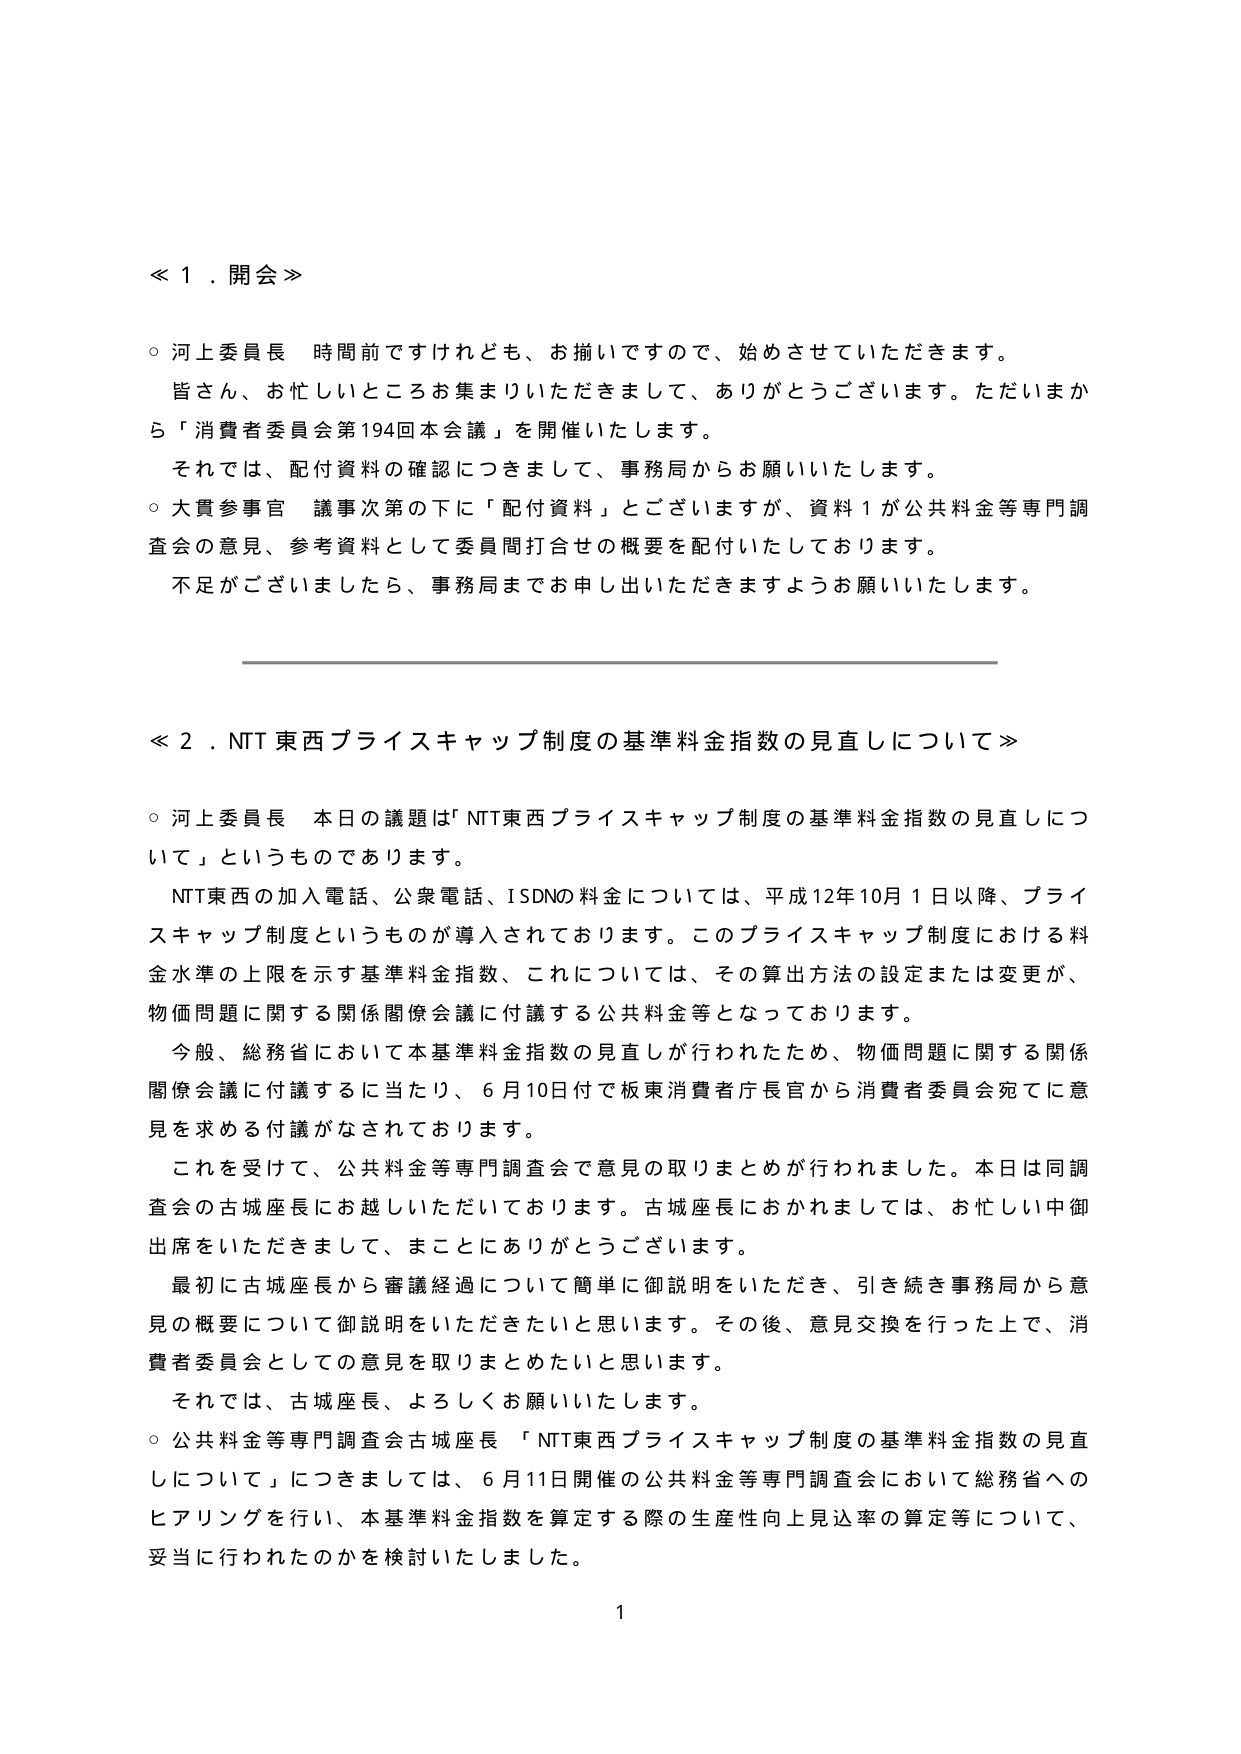
≪１．開会≫

○ 河上委員長 時間前ですけれども、お揃いですので、始めさせていただきます。
　皆さん、お忙しいところお集まりいただきまして、ありがとうございます。ただいまから「消費者委員会第194回本会議」を開催いたします。
　それでは、配付資料の確認につきまして、事務局からお願いいたします。
○ 大貫参事官 議事次第の下に「配付資料」とございますが、資料１が公共料金等専門調査会の意見、参考資料として委員間打合せの概要を配付いたしております。
　不足がございましたら、事務局までお申し出いただきますようお願いいたします。

≪２．NTT東西プライスキャップ制度の基準料金指数の見直しについて≫

○ 河上委員長 本日の議題は「NTT東西プライスキャップ制度の基準料金指数の見直しについて」というものであります。
　NTT東西の加入電話、公衆電話、ISDNの料金については、平成12年10月1日以降、プライスキャップ制度というものが導入されております。このプライスキャップ制度における料金水準の上限を示す基準料金指数、これについては、その算出方法の設定または変更が、物価問題に関する関係閣僚会議に付議する公共料金等となっております。
　今般、総務省において本基準料金指数の見直しが行われたため、物価問題に関する関係閣僚会議に付議するに当たり、6月10日付で板東消費者庁長官から消費者委員会宛てに意見を求める付議がなされております。
　これを受けて、公共料金等専門調査会で意見の取りまとめが行われました。本日は同調査会の古城座長にお越しいただいております。古城座長におかれましては、お忙しい中御出席をいただきまして、まことにありがとうございます。
　最初に古城座長から審議経過について簡単に御説明をいただき、引き続き事務局から意見の概要について御説明をいただきたいと思います。その後、意見交換を行った上で、消費者委員会としての意見を取りまとめたいと思います。
　それでは、古城座長、よろしくお願いいたします。
○ 公共料金等専門調査会古城座長 「NTT東西プライスキャップ制度の基準料金指数の見直しについて」につきましては、6月11日開催の公共料金等専門調査会において総務省へのヒアリングを行い、本基準料金指数を算定する際の生産性向上見込率の算定等について、妥当に行われたのかを検討いたしました。

1